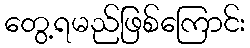
တွေ့ရမည်ဖြစ်ကြောင်း